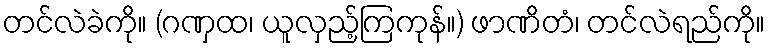
တင်လဲခဲကို။ (ဂဏှထ၊ ယူလှည့်ကြကုန်။) ဖာဏိတံ၊ တင်လဲရည်ကို။